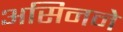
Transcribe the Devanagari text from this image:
असिनने